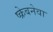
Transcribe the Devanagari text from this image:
ष्क्रेबनेवा